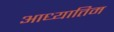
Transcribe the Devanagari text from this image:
आध्यातिम